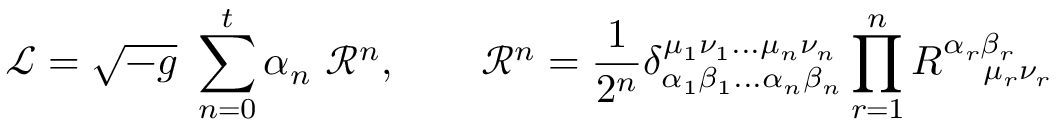
{ \mathcal { L } } = { \sqrt { - g } } \ \sum _ { n = 0 } ^ { t } \alpha _ { n } \ { \mathcal { R } } ^ { n } , \qquad { \mathcal { R } } ^ { n } = { \frac { 1 } { 2 ^ { n } } } \delta _ { \alpha _ { 1 } \beta _ { 1 } . . . \alpha _ { n } \beta _ { n } } ^ { \mu _ { 1 } \nu _ { 1 } . . . \mu _ { n } \nu _ { n } } \prod _ { r = 1 } ^ { n } R _ { \quad \mu _ { r } \nu _ { r } } ^ { \alpha _ { r } \beta _ { r } }